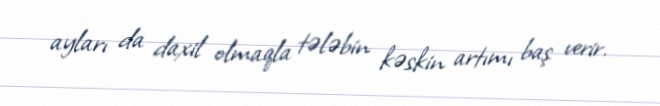
ayları da daxil olmaqla tələbin kəskin artımı baş verir.